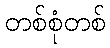
တစ်စုံတစ်